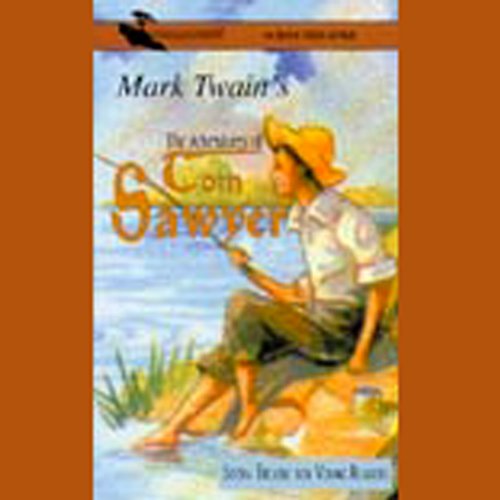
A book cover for The Adventures of Tom Sawyer (Dramatized); Mark Twain; Literature & Fiction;